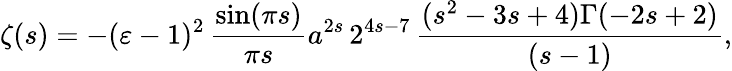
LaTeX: \zeta(s)=-(\varepsilon-1)^{2}\, \frac{\sin(\pi s)}{\pi s}a^{2s}\, 2^{4s-7}\, \frac{(s^{2}-3s+4)\Gamma(-2s+2)}{(s-1)},